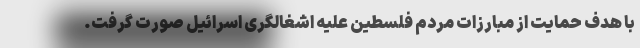
با هدف حمایت از مبارزات مردم فلسطین علیه اشغالگری اسرائیل صورت گرفت.